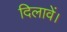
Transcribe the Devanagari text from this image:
दिलावें।